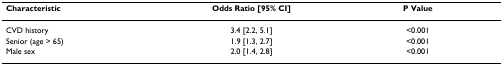
| Characteristic | Odds Ratio [95% CI] | P Value |
 | --- | --- | --- |
 | CVD history | 3.4 [2.2, 5.1] | <0.001 |
 | Senior (age > 65) | 1.9 [1.3, 2.7] | <0.001 |
 | Male sex | 2.0 [1.4, 2.8] | <0.001 |